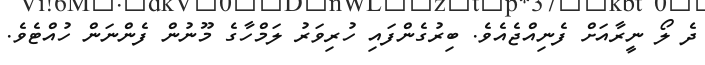
ދެ ލޯ ނީރާއަށް ފެނިއްޖެއެވެ. ބިރުގެންފައި ހުރިވަރު ލަމްހާގެ މޫނުން ފެންނަން ހުއްޓެވެ.